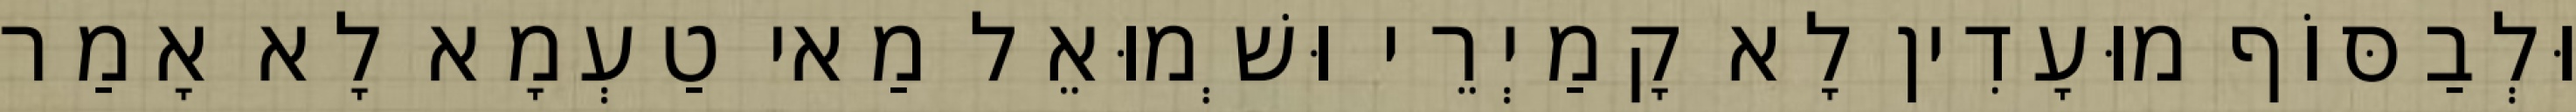
וּלְבַסּוֹף מוּעָדִין לָא קָמַיְרֵי וּשְׁמוּאֵל מַאי טַעְמָא לָא אָמַר